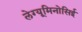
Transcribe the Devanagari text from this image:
लेग्यूमिनोसिई